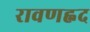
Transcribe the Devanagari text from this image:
रावणह्नद